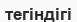
тегіндігі